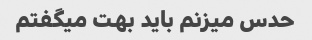
حدس میزنم باید بهت میگفتم